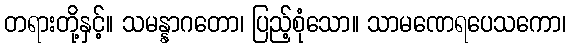
တရားတို့နှင့်။ သမန္နာဂတော၊ ပြည့်စုံသော။ သာမဏေရပေသကော၊